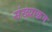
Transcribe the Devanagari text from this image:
संख्याक्रम